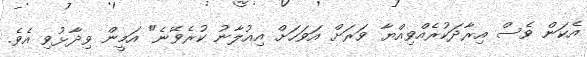
އެކަން ވެސް އިރާދަކުރެއްވިއްޔާ ވަރަށް އަވަހަށް އިއުލާނު ކުރެވޭނެ" އަމީން ވިދާޅުވި އެވެ.